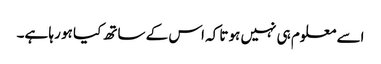
اسے معلوم ہی نہیں ہوتا کہ اس کے ساتھ کیا ہو رہا ہے۔